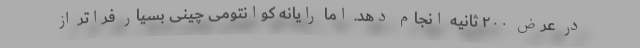
در عرض ۲۰۰ ثانیه انجام دهد. اما رایانه کوانتومی چینی بسیار فراتر از